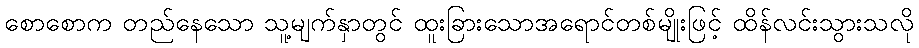
စောစောက တည်နေသော သူ့မျက်နှာတွင် ထူးခြားသောအရောင်တစ်မျိုးဖြင့် ထိန်လင်းသွားသလို